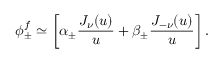
\phi _ { \pm } ^ { f } \simeq \left[ \alpha _ { \pm } { \frac { J _ { \nu } ( u ) } { u } } + \beta _ { \pm } { \frac { J _ { - \nu } ( u ) } { u } } \right] .